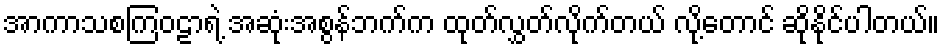
အာကာသစကြဝဠာရဲ့ အဆုံးအစွန်ဘက်က ထုတ်လွှတ်လိုက်တယ် လို့တောင် ဆိုနိုင်ပါတယ်။